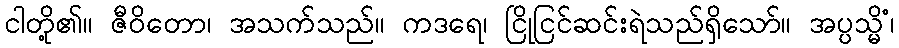
ငါတို့၏။ ဇီဝိတော၊ အသက်သည်။ ကဒရေ၊ ငြိုငြင်ဆင်းရဲသည်ရှိသော်။ အပ္ပသ္မိံ၊